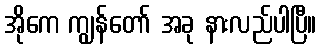
အိုကေ ကျွန်တော် အခု နားလည်ပါပြီ။